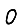
Digit: 0